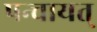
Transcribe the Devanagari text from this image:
पन्चायत्